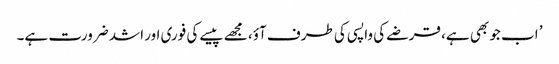
’ اب جو بھی ہے، قرضے کی واپسی کی طرف آؤ، مجھے پیسے کی فوری اور اشد ضرورت ہے۔